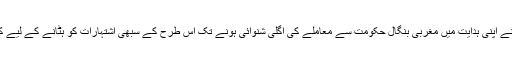
عدالت نے اپنی ہدایت میں مغربی بنگال حکومت سے معاملے کی اگلی شنوائی ہونے تک اس طرح کے سبھی اشتہارات کو ہٹانے کے لیے کہا ہے۔